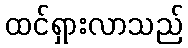
ထင်ရှားလာသည်